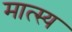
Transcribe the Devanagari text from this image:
मात्स्य